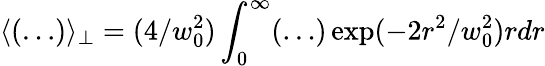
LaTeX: \langle(\ldots)\rangle_{\perp}=(4/w_{0}^{2})\int_{0}^{\infty}(\ldots)\exp(-2r^{2}/w_{0}^{2})rdr